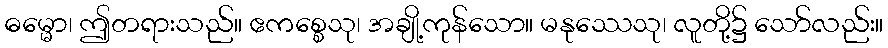
ဓမ္မော၊ ဤတရားသည်။ ဧကစ္စေသု၊ အချို့ကုန်သော။ မနုဿေသု၊ လူတို့၌ သော်လည်း။